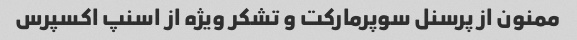
ممنون از پرسنل سوپرمارکت و تشکر ویژه از اسنپ اکسپرس